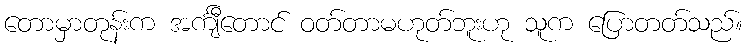
တောမှာတုန်းက အင်္ကျီတောင် ဝတ်တာမဟုတ်ဘူးဟု သူက ပြောတတ်သည်။